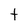
Character: t